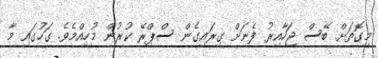
މިގޮތަށް ބޭސް ޖަހާއިރު ފެނަށް ގިރައިގެން ސްޕްރޭ ކުރުން މުހިއްމެވެ. ގަހުގައި މާ